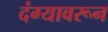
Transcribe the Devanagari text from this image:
दंग्यावरून